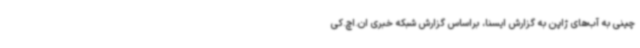
چینی به آب‌های ژاپن به گزارش ایسنا، براساس گزارش شبکه خبری ان.اچ.کی